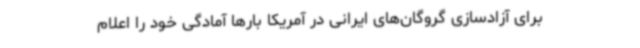
برای آزادسازی گروگان‌های ایرانی در آمریکا بارها آمادگی خود را اعلام